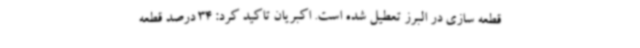
قطعه سازی در البرز تعطیل شده است. اکبریان تاکید کرد: 34 درصد قطعه